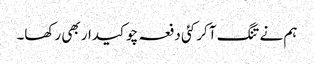
ہم نے تنگ آ کر کئی دفعہ چوکیدار بھی رکھا۔